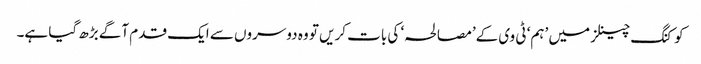
کوکنگ چینلز میں ’ہم‘ ٹی وی کے’مصالحہ‘ کی بات کریں تو وہ دوسروں سے ایک قدم آگے بڑھ گیا ہے۔